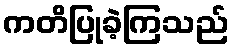
ကတိပြုခဲ့ကြသည်